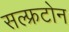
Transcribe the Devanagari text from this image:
सल्फ्रटोन